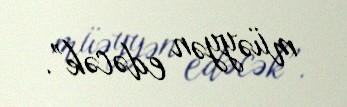
müəyyən edəcək”.